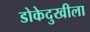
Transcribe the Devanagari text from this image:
डोकेदुखीला